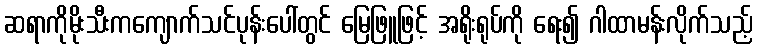
ဆရာကိုမိုးသီးကကျောက်သင်ပုန်းပေါ်တွင် မြေဖြူဖြင့် အရိုးရုပ်ကို ရေး၍ ဂါထာမန်းလိုက်သည့်